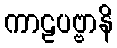
ကာဠပဗ္ဗာနိ